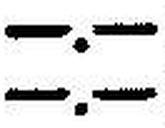
—.—